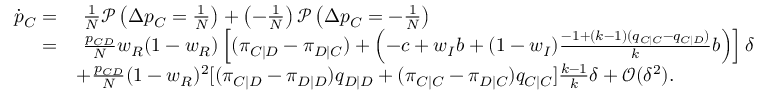
\begin{array} { r l } { \dot { p } _ { C } = } & { ~ \frac { 1 } { N } \mathcal { P } \left( \Delta p _ { C } = \frac { 1 } { N } \right) + \left( - \frac { 1 } { N } \right) \mathcal { P } \left( \Delta p _ { C } = - \frac { 1 } { N } \right) } \\ { = } & { ~ \frac { p _ { C D } } { N } w _ { R } ( 1 - w _ { R } ) \left[ ( \pi _ { C | D } - \pi _ { D | C } ) + \left( - c + w _ { I } b + ( 1 - w _ { I } ) \frac { - 1 + ( k - 1 ) ( q _ { C | C } - q _ { C | D } ) } { k } b \right) \right] \delta } \\ & { + \frac { p _ { C D } } { N } ( 1 - w _ { R } ) ^ { 2 } [ ( \pi _ { C | D } - \pi _ { D | D } ) q _ { D | D } + ( \pi _ { C | C } - \pi _ { D | C } ) q _ { C | C } ] \frac { k - 1 } { k } \delta + \mathcal { O } ( \delta ^ { 2 } ) . } \end{array}